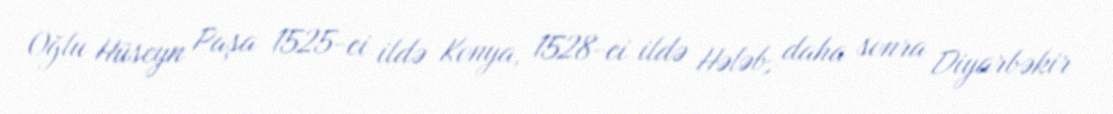
Oğlu Hüseyn Paşa 1525-ci ildə Konya, 1528-ci ildə Hələb, daha sonra Diyarbəkir